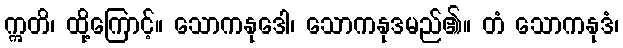
ဣတိ၊ ထို့ကြောင့်။ သောကနုဒေါ၊ သောကနုဒမည်၏။ တံ သောကနုဒံ၊